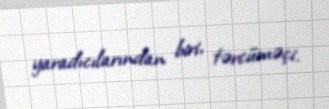
yaradıcılarından biri, tərcüməçi.